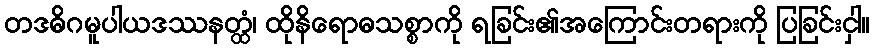
တဒဓိဂမူပါယဒဿနတ္ထံ၊ ထိုနိရောဓသစ္စာကို ရခြင်း၏အကြောင်းတရားကို ပြခြင်းငှါ။